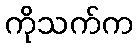
ကိုသက်က